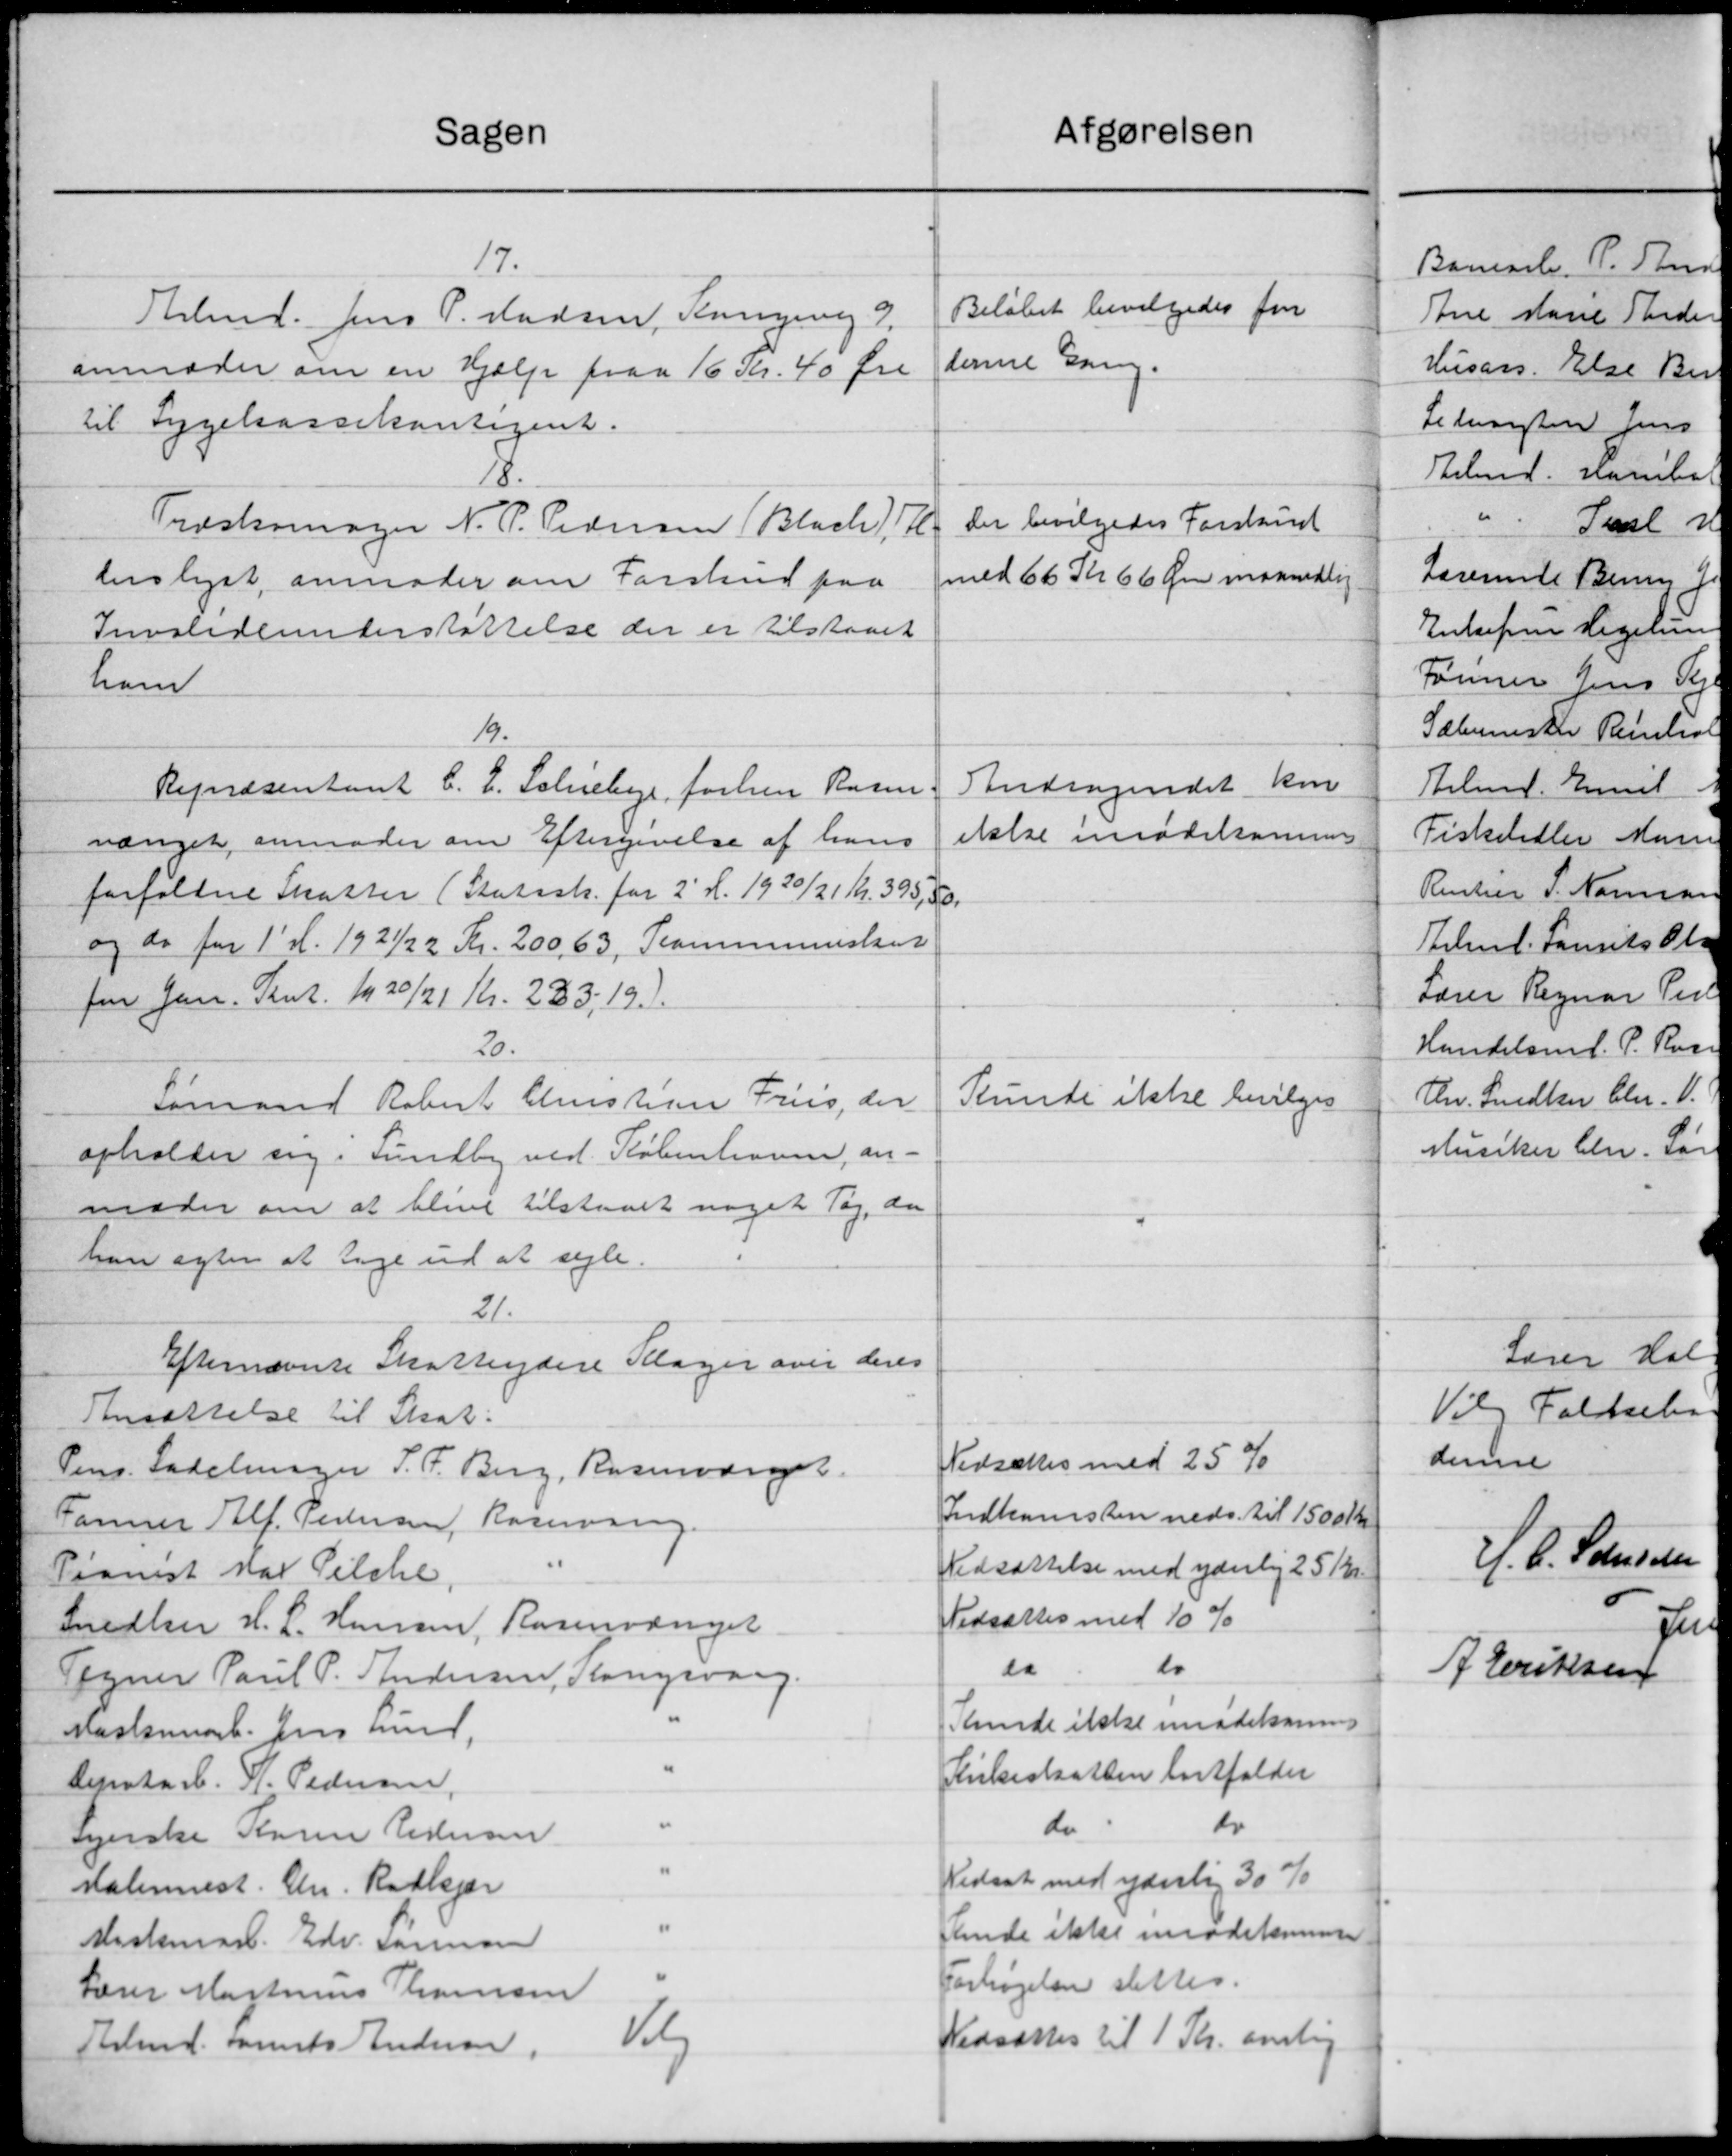
Transskription:
17.
Arbmd. Jens P. Madsen, Kongevej 9,
anmoder om en Hjælp paa 16 Kr. 40 Øre
til Sygekassekontigent
Beløbet bevilgedes for
denne Gang
18.
Træskomager N. P. Pedersen (Blach) Al-
derslyst, anmoder om Forskud paa
Invalideunderstøttelse der er tilstaaet
ham.
Der bevilgedes Forskud
med 66 Kr. 66 Øre maanedlig
19.
Repræsentant C. E. Schiebye, førhen Rosen-
vænget, anmoder om Eftergivelse af hans
forfaldne Skatter (Statssk. for 2´H. 1920/21
og do for 1´H. 1921/22 Kr. 200,63, Kommuneskat
for Jan. Kvt. 1920/21 Kr. 233,19
Andragendet kan
ikke imødekommes
20.
Sømand Robert Christian Friis. der
opholder sig i Sundby ved København, an-
moder om at blive tilstaaet noget Tøj, da
han agter at tage ud at sejle
Kunde ikke bevilges
21.
Efternævnte Skatteydere Klager over deres
Ansættelse til Skat:
Pens. Sadelmager S. F. Berg, Rosenvænget
Nedsættes med 25%
Farver Alf. Pedersen, Rosenvang
Indkomsten neds. til 1500 Kr.
Pianist Max Pilche, "
Nedsættelse med yderlig 25Kr.
Snedker H. L. Hansen, Rosenvænget
Nedsættes med 10 %
Tegner Paul P. Andersen, Kongsvang
Do Do
Maskinarb. Jens Lund, "
Kunde ikke imødekommes
Depotarb. A. Pedersen, "
Kirkeskatten bortfalder
Syerske Karen Pedersen, "
Do Do
Maskinmst. Chr. Rudkjær, "
Nedsat med yderlig 30%
Maskinarb. Edv. Sørensen, "
Kunde ikke imødekommes
Lærer Martinus Thomsen, "
Forhøjelsen slettes
Arbmd. Laurits Andersen, Viby
Nedsættes til 1 Kr. aarlig